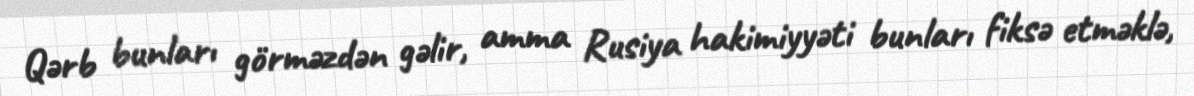
Qərb bunları görməzdən gəlir, amma Rusiya hakimiyyəti bunları fiksə etməklə,